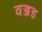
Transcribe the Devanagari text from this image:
वज्जड